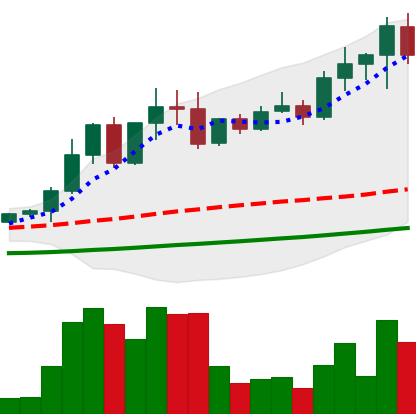
Ticker: EOS-USD
Chart end date: 2021-04-17
Forward return: -25.635%
Label: down_7plus